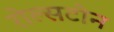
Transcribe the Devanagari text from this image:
रोल्सटोन